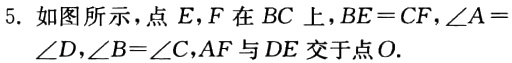
5. 如图所示，点 \(E,F\) 在 \(BC\) 上，\(BE = CF\)，\(\angle A=\)
\(\angle D\)，\(\angle B = \angle C\)，\(AF\) 与 \(DE\) 交于点 \(O\).